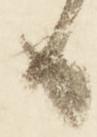
る